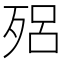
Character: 𣨕